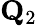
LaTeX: {\mathbf Q}_{2}